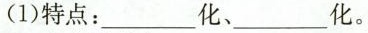
(1)特点：___化、___化。